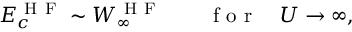
E _ { c } ^ { \mathrm { ~ H ~ F ~ } } \sim W _ { \infty } ^ { \mathrm { ~ H ~ F ~ } } \quad \quad \mathrm { ~ f ~ o ~ r ~ } \quad U \to \infty ,